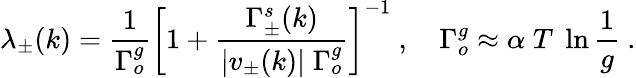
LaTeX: \lambda_{\pm}(k)=\frac{1}{\Gamma_{o}^{g}}\left[1+\frac{\Gamma_{\pm}^{s}(k)}{|v_{\pm}(k)|\; \Gamma_{o}^{g}}\right]^{-1}~,\quad\Gamma_{o}^{g}\approx\alpha\; T\; \ln\frac{1}{g}~.